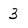
Character: 3